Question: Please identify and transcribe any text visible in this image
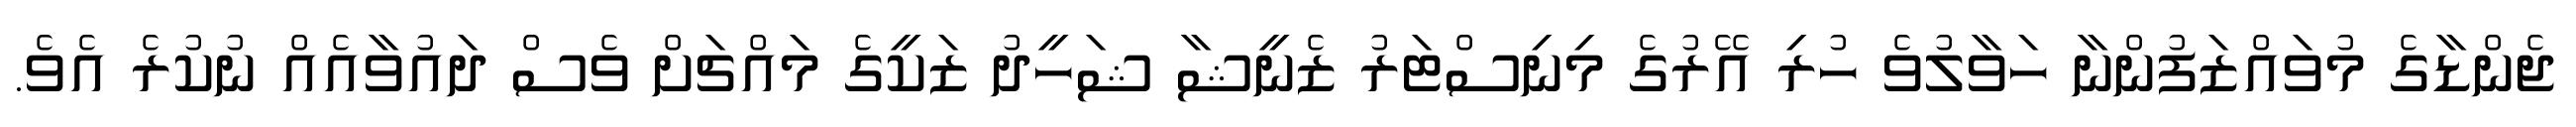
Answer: ޖެންޑާގެ މުވައްޒަފުންނާ ހަވާލުވެ ހުރި އޭރުގެ މިނިސްޓަރު ޒެނީޝާ ޝަހީދު ޒަކީގެ މައްޗަށް ވެސް ދައުވާއެއް ނުކުރެ އެވެ.